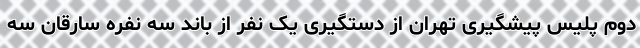
دوم پلیس پیشگیری تهران از دستگیری یک نفر از باند سه نفره سارقان سه